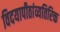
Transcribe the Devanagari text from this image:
विदयापीठांव्यतिरिक्त